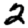
Digit: 2